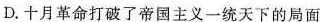
D.十月革命打破了帝国主义一统天下的局面